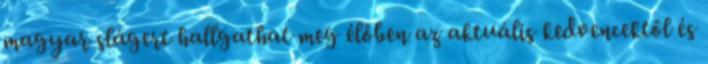
magyar slágert hallgathat meg élőben az aktuális kedvencektől és